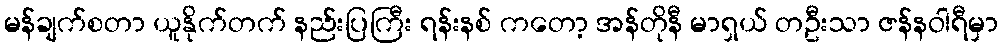
မန်ချက်စတာ ယူနိုက်တက် နည်းပြကြီး ရန်းနစ် ကတော့ အန်တိုနီ မာရှယ် တဦးသာ ဇန်နဝါရီမှာ